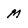
Character: M